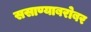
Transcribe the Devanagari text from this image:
ससाण्याबरोबर